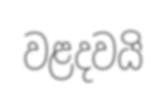
වළදවයි